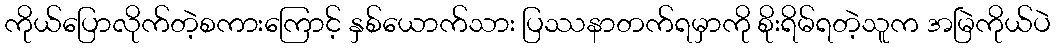
ကိုယ်ပြောလိုက်တဲ့စကားကြောင့် နှစ်ယောက်သား ပြဿနာတက်ရမှာကို စိုးရိမ်ရတဲ့သူက အမြဲကိုယ်ပဲ